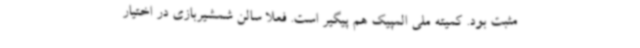
مثبت بود. کمیته ملی المپیک هم پیگیر است. فعلا سالن شمشیربازی در اختیار